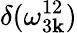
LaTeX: \delta(\omega_{3{\mathbf k}}^{12})